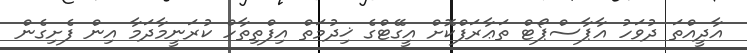
އާދީއްތަ ދުވަހު އާޕާސްޕޯޓް ތަޢާރަފްކޮށް އީގޭޓްގެ ޚިދުމަތް އިފްތިތާހް ކުރަނީމާދަމާ އިން ފެށިގެން